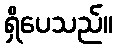
ရှိပေသည်။